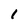
Character: 1